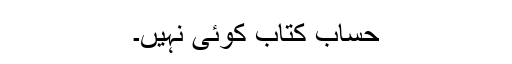
حساب کتاب کوئی نہیں۔